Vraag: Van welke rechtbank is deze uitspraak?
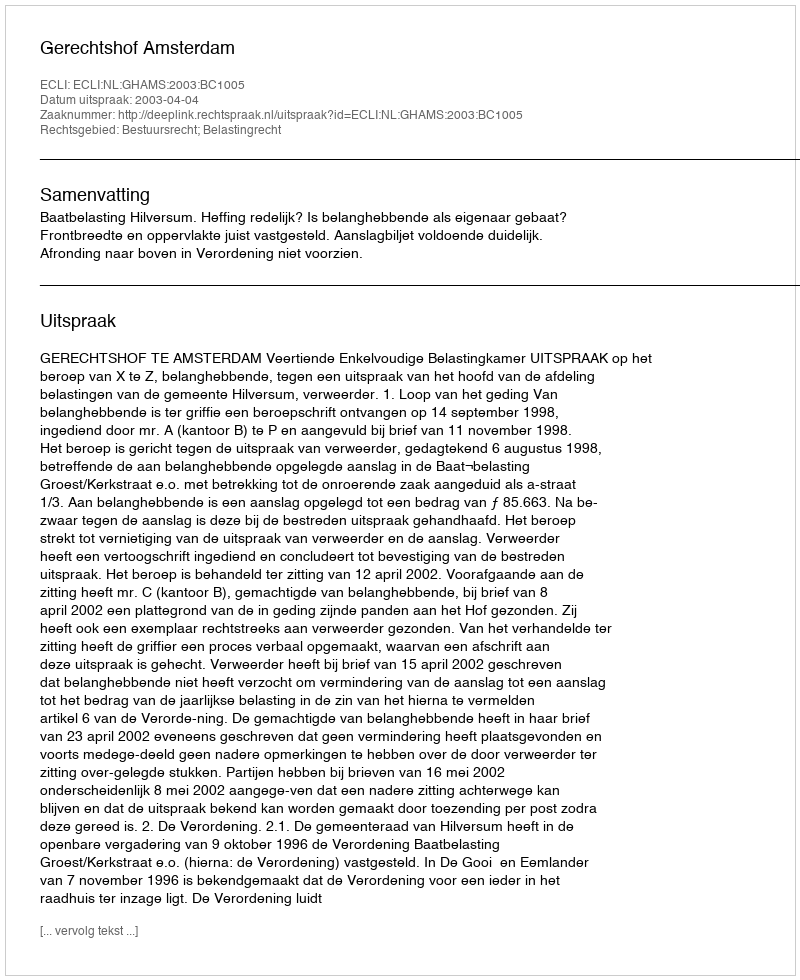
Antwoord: Gerechtshof Amsterdam